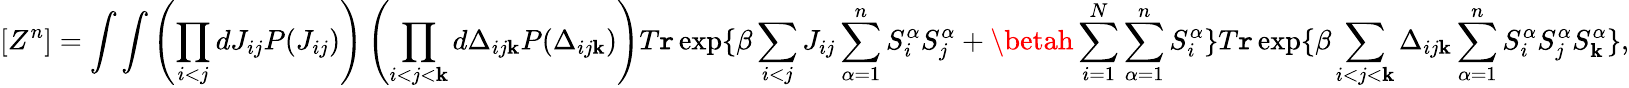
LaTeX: [Z^{n}]=\int\int\left(\prod_{i<j}dJ_{ij}P(J_{ij})\right)\left(\prod_{i<j<\mathbf{k}}d\Delta_{ij\mathbf{k}}P(\Delta_{ij\mathbf{k}})\right)T\mathtt{r}\exp\{ \beta\sum_{i<j}J_{ij}\sum_{\alpha=1}^{n}S_{i}^{\alpha}S_{j}^{\alpha}+\betah\sum_{i=1}^{N}\sum_{\alpha=1}^{n}S_{i}^{\alpha}\} T\mathtt{r}\exp\{ \beta\sum_{i<j<\mathbf{k}}\Delta_{ij\mathbf{k}}\sum_{\alpha=1}^{n}S_{i}^{\alpha}S_{j}^{\alpha}S_{\mathbf{k}}^{\alpha}\} ,